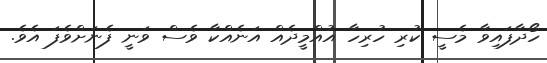
ހޯދާފައިވާ މެސީ ކުރި ހުރިހާ އުއްމީދެއް އަނެއްކާ ވެސް ވަނީ ފެނަށްވެފަ އެވެ.